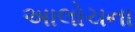
અાલોચના